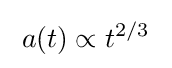
\;a(t)\propto t^{2/3}~